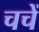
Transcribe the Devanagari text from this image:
चचें